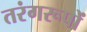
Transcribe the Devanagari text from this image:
तरंगरूपों